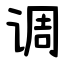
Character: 调